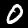
Label: 0